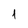
Character: 1